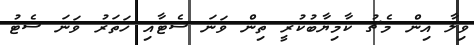
ވިލާ އިން މެޗު ކާމިޔާބުކުރީ ތިން ވަނަ ސެޓާއި ހަތަރު ވަނަ ސެޓު